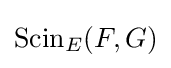
{\text{Scin}}_{E}(F,G)